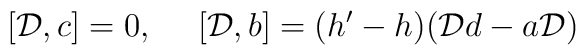
[{\cal D},c]=0,\ \ \ \ [{\cal D},b]=(h'-h)({\cal D}d-a{\cal D})